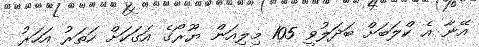
އޭނާ އެ ކްލަބަށް ބަދަލުވީ 105 މިލިއަން ޔޫރޯގެ އަގަކަށް ހަތަރު އަހަރު